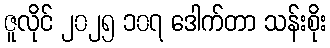
ဇူလိုင် ၂၀၂၅ ၁၀၇ ဒေါက်တာ သန်းစိုး